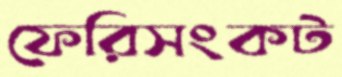
ফেরিসংকট